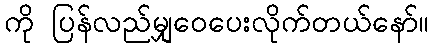
ကို ပြန်လည်မျှဝေပေးလိုက်တယ်နော်။